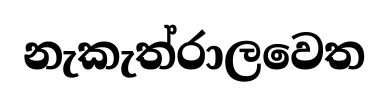
නැකැත්රාලවෙත